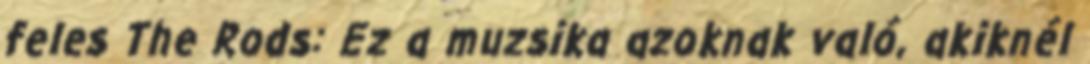
feles The Rods: Ez a muzsika azoknak való, akiknél